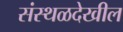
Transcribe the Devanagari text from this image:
संस्थळदेखील